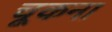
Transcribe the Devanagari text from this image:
चूकना